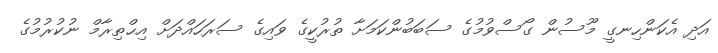
އަދި އެކަންހިނގީ މޫސުން ގޯސްވުމުގެ ސަބަބުންކަމަށާ ތުރުކީގެ ވައިގެ ސަރަހައްދަށް އިޙްތިރާމް ނުކުރުމުގެ